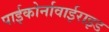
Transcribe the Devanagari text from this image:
पाईकोर्नावाईराइड